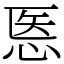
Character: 悘